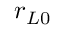
r _ { L 0 }